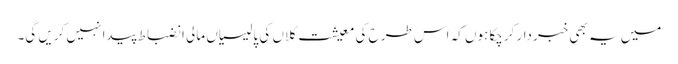
میں یہ بھی خبردار کرچکا ہوں کہ اس طرح کی معیشت کلاں کی پالیسیاں مالی انضباط پیدا نہیں کریں گی۔